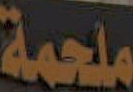
ملحمة